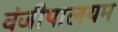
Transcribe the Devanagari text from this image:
वंजीपालयम